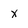
Character: x